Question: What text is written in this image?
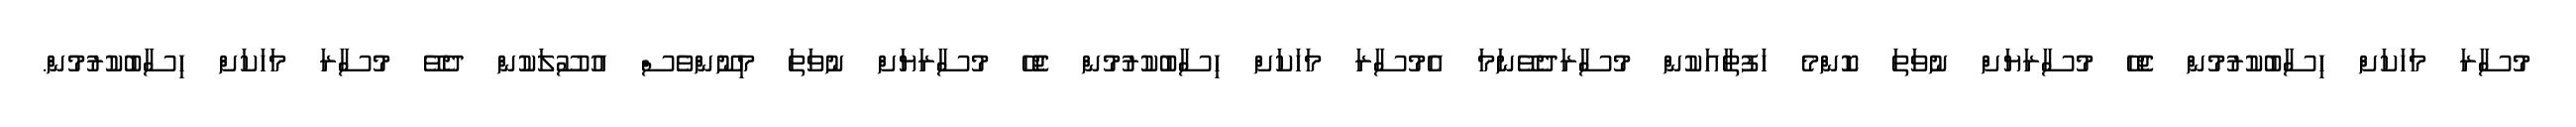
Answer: މުސާރަ މަހަކަށް ހިސާބުކުރުމުން ޖެހޭ މުސާރަޔަށް ނުވަތަ ކޮންމެ ހަފުތާއަކުން މުސާރަދެވޭނަމަ އެމުސާރަ މަހަކަށް ހިސާބުކުރުމުން ޖެހޭ މުސާރަޔަށް ނުވަތަ މިނޫންވެސް އުސޫލަކުން ދެވޭ މުސާރަ މަހަކަށް ހިސާބުކުރުމުން.